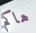
هاكم